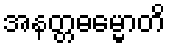
အနတ္တဓမ္မောတိ